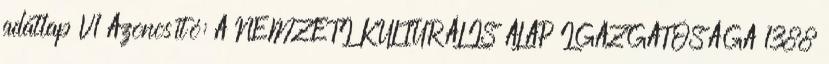
adatlap V1 Azonosító: A NEMZETI KULTURÁLIS ALAP IGAZGATÓSÁGA 1388